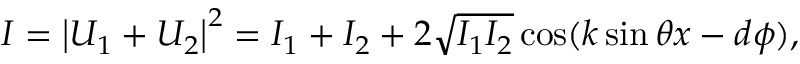
I = \left| U _ { 1 } + U _ { 2 } \right| ^ { 2 } = I _ { 1 } + I _ { 2 } + 2 \sqrt { I _ { 1 } I _ { 2 } } \cos ( k \sin \theta x - d \phi ) ,